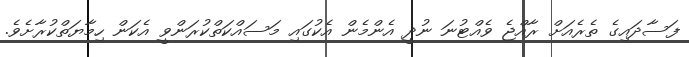
ފަސާދައިގެ ތެރެއަށް ރާއްޖެ ވެއްޓުނަ ނުދީ އެންމެން އެކުގައި މަސައްކަތްކުރަންވީ އެކަން ހިމާޔަތްކުރާށެވެ.